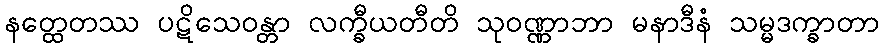
နတ္ထေတဿ ပဋိသေဝန္တာ လက္ခီယတီတိ သုဝဏ္ဏာဘာ မနာဒီနံ သမ္မဒက္ခာတာ